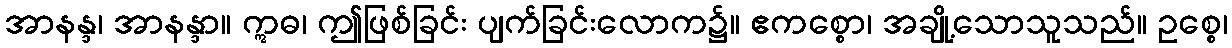
အာနန္ဒ၊ အာနန္ဒာ။ ဣဓ၊ ဤဖြစ်ခြင်း ပျက်ခြင်းလောက၌။ ဧကစ္စော၊ အချို့သောသူသည်။ ဥစ္စေ၊